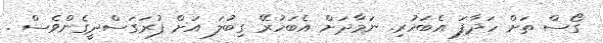
ގޯސް ތަށް ހަދާފަ އެބަހުރި. ނަމާދަށް އެބަހުރޭ ގިބުލަ އަށް ފުރަގަސްދީގެންވެސް .